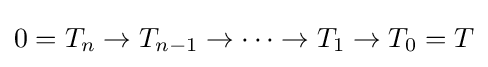
0=T_{n}\to T_{n-1}\to \cdots \to T_{1}\to T_{0}=T